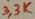
Text: 33K